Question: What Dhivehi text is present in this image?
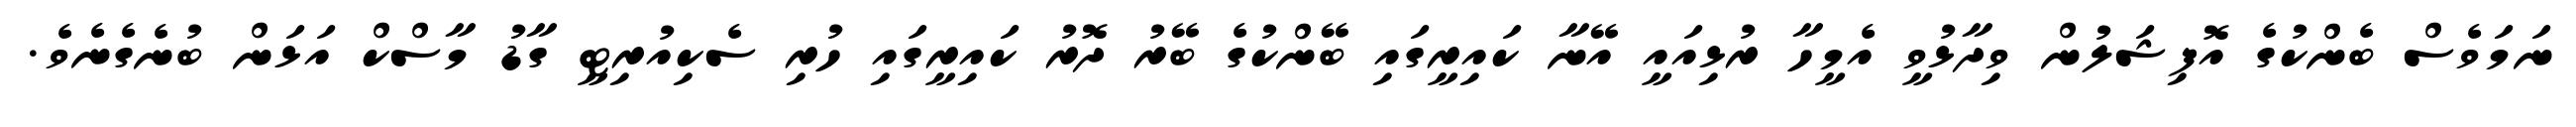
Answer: ނަމަވެސް ބެންކުގެ އޮފިޝަލުން ވިދާޅުވީ އެމީހާ ރުޅިއައީ އޭނާ ކައިރީގައި ބޭންކުގެ ބޭރު ދޮރު ކައިރީގައި ހުރި ސެކިއުރިޓީ ގާޑު މާސްކް އަޅަން ބުނެގެނެވެ.